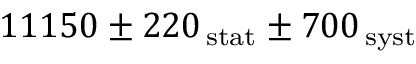
1 1 1 5 0 \pm 2 2 0 \mathrm { _ { \, s t a t } } \pm 7 0 0 \mathrm { _ { \, s y s t } }